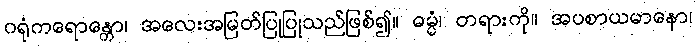
ဂရုံကရောန္တော၊ အလေးအမြတ်ပြုပြုသည်ဖြစ်၍။ ဓမ္မံ၊ တရားကို။ အပစာယမာနော၊